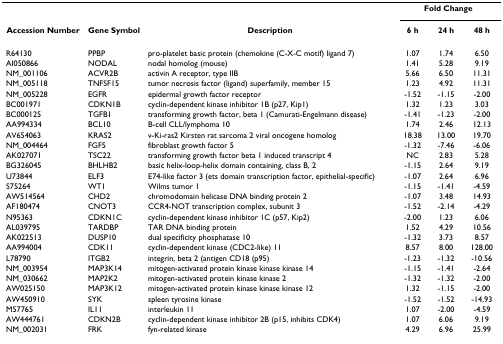
<table><thead><tr><td></td><td></td><td></td><td colspan="3"><b>Fold Change</b></td></tr><tr><td><b>Accession Number</b></td><td><b>Gene Symbol</b></td><td><b>Description</b></td><td><b>6 h</b></td><td><b>24 h</b></td><td><b>48 h</b></td></tr></thead><tbody><tr><td>R64130</td><td>PPBP</td><td>pro-platelet basic protein (chemokine (C-X-C motif) ligand 7)</td><td>1.07</td><td>1.74</td><td>6.50</td></tr><tr><td>AI050866</td><td>NODAL</td><td>nodal homolog (mouse)</td><td>1.41</td><td>5.28</td><td>9.19</td></tr><tr><td>NM_001106</td><td>ACVR2B</td><td>activin A receptor, type IIB</td><td>5.66</td><td>6.50</td><td>11.31</td></tr><tr><td>NM_005118</td><td>TNFSF15</td><td>tumor necrosis factor (ligand) superfamily, member 15</td><td>1.23</td><td>4.92</td><td>11.31</td></tr><tr><td>NM_005228</td><td>EGFR</td><td>epidermal growth factor receptor</td><td>-1.52</td><td>-1.15</td><td>-2.00</td></tr><tr><td>BC001971</td><td>CDKN1B</td><td>cyclin-dependent kinase inhibitor 1B (p27, Kip1)</td><td>1.32</td><td>1.23</td><td>3.03</td></tr><tr><td>BC000125</td><td>TGFB1</td><td>transforming growth factor, beta 1 (Camurati-Engelmann disease)</td><td>-1.41</td><td>-1.23</td><td>-2.00</td></tr><tr><td>AA994334</td><td>BCL10</td><td>B-cell CLL/lymphoma 10</td><td>1.74</td><td>2.46</td><td>12.13</td></tr><tr><td>AV654063</td><td>KRAS2</td><td>v-Ki-ras2 Kirsten rat sarcoma 2 viral oncogene homolog</td><td>18.38</td><td>13.00</td><td>19.70</td></tr><tr><td>NM_004464</td><td>FGF5</td><td>fibroblast growth factor 5</td><td>-1.32</td><td>-7.46</td><td>-6.06</td></tr><tr><td>AK027071</td><td>TSC22</td><td>transforming growth factor beta 1 induced transcript 4</td><td>NC</td><td>2.83</td><td>5.28</td></tr><tr><td>BG326045</td><td>BHLHB2</td><td>basic helix-loop-helix domain containing, class B, 2</td><td>-1.15</td><td>2.64</td><td>9.19</td></tr><tr><td>U73844</td><td>ELF3</td><td>E74-like factor 3 (ets domain transcription factor, epithelial-specific)</td><td>-1.07</td><td>2.64</td><td>6.96</td></tr><tr><td>S75264</td><td>WT1</td><td>Wilms tumor 1</td><td>-1.15</td><td>-1.41</td><td>-4.59</td></tr><tr><td>AW514564</td><td>CHD2</td><td>chromodomain helicase DNA binding protein 2</td><td>-1.07</td><td>3.48</td><td>14.93</td></tr><tr><td>AF180474</td><td>CNOT3</td><td>CCR4-NOT transcription complex, subunit 3</td><td>-1.52</td><td>-2.14</td><td>-4.29</td></tr><tr><td>N95363</td><td>CDKN1C</td><td>cyclin-dependent kinase inhibitor 1C (p57, Kip2)</td><td>-2.00</td><td>1.23</td><td>6.06</td></tr><tr><td>AL039795</td><td>TARDBP</td><td>TAR DNA binding protein</td><td>1.52</td><td>4.29</td><td>10.56</td></tr><tr><td>AK022513</td><td>DUSP10</td><td>dual specificity phosphatase 10</td><td>-1.32</td><td>3.73</td><td>8.57</td></tr><tr><td>AA994004</td><td>CDK11</td><td>cyclin-dependent kinase (CDC2-like) 11</td><td>8.57</td><td>8.00</td><td>128.00</td></tr><tr><td>L78790</td><td>ITGB2</td><td>integrin, beta 2 (antigen CD18 (p95)</td><td>-1.23</td><td>-1.32</td><td>-10.56</td></tr><tr><td>NM_003954</td><td>MAP3K14</td><td>mitogen-activated protein kinase kinase kinase 14</td><td>-1.15</td><td>-1.41</td><td>-2.64</td></tr><tr><td>NM_030662</td><td>MAP2K2</td><td>mitogen-activated protein kinase kinase 2</td><td>-1.32</td><td>-1.32</td><td>-2.00</td></tr><tr><td>AW025150</td><td>MAP3K12</td><td>mitogen-activated protein kinase kinase kinase 12</td><td>1.32</td><td>-1.15</td><td>-2.00</td></tr><tr><td>AW450910</td><td>SYK</td><td>spleen tyrosine kinase</td><td>-1.52</td><td>-1.52</td><td>-14.93</td></tr><tr><td>M57765</td><td>IL11</td><td>interleukin 11</td><td>1.07</td><td>-2.00</td><td>-4.59</td></tr><tr><td>AW444761</td><td>CDKN2B</td><td>cyclin-dependent kinase inhibitor 2B (p15, inhibits CDK4)</td><td>1.07</td><td>6.06</td><td>9.19</td></tr><tr><td>NM_002031</td><td>FRK</td><td>fyn-related kinase</td><td>4.29</td><td>6.96</td><td>25.99</td></tr></tbody></table>